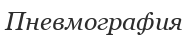
Пневмография